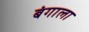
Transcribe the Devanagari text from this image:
बंगाला